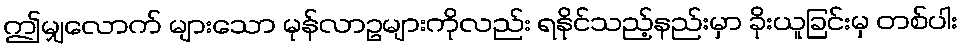
ဤမျှလောက် များသော မုန်လာဥများကိုလည်း ရနိုင်သည့်နည်းမှာ ခိုးယူခြင်းမှ တစ်ပါး